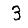
Digit: 3